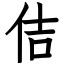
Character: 佶